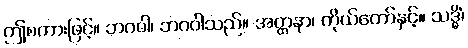
ဤစကားဖြင့်။ ဘဂဝါ၊ ဘဂဝါသည်။ အတ္တနာ၊ ကိုယ်တော်နှင့်။ သဒ္ဓိံ၊